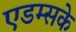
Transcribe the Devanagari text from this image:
एडम्सके